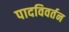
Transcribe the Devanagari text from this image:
पादविवर्तन